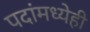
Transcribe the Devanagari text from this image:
पदांमध्येही